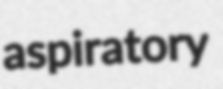
aspiratory